Vaccine operations Central Provinces 1868-1885 - 1868-1885
Year: 1868
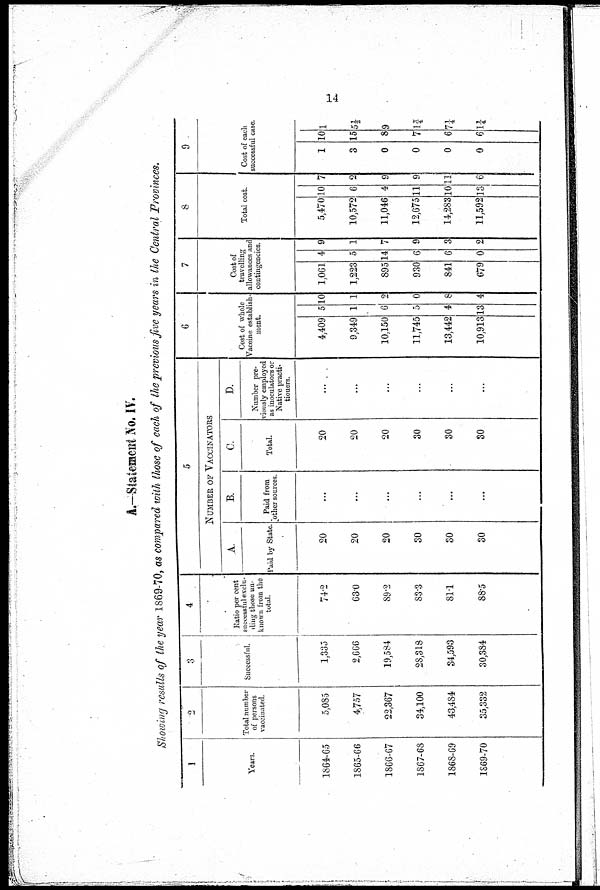
14
A.— Statement No. IV.
Showing results of the year 1869-70, as compared with those of each of the previous five years in the Central Provinces.
1
Years.
1864-65
1865-66
1866-67
1867-68
1868-69
1869-70
2
Total number
of persons
vaccinated.
5,085
4,757
22,367
34,100
43,484
35,332
3
Successful.
1,335
2,666
19,584
28,318
34,593
30,384
4
Ratio per cent
successful exclu
ding those un
known from the
total
74.2
63.0
89.2
83.3
81.1
88.5
5
NUMBER OF VACCINATORS
A.
Paid by State.
20
20
20
30
30
30
B.
Paid from
otħer sources.
...
...
...
...
...
…
C.
Total.
20
20
20
30
30
30
D.
Number pre
viously employed
as inoculators or
Native practi¬
tiouers.
...
...
...
...
...
…
6
Cost of whole
Vaccine establish
ment.
4,409
9,349
10,150
11,745
13,442
10,913
5
1
6
5
4
13
10
1
9
0
8
4
7
Cost of
travelling
allowances and
contingencies.
1,061
1,223
895
930
841
679
4
5
14
6
6
0
9
1
7
9
3
2
8
Total cost.
5,470
10,572
11,046
12,675
14,283
11,592
10
6
4
11
10
13
7
2
9
9
11
6
9
Cost of each
successful case.
1
3
0
0
0
0
10
15
8
7
6
6
1
5½
9
1¾
7¼
1¼